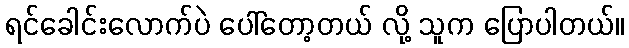
ရင်ခေါင်းလောက်ပဲ ပေါ်တော့တယ် လို့ သူက ပြောပါတယ်။